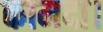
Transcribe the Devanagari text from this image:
कामदा।